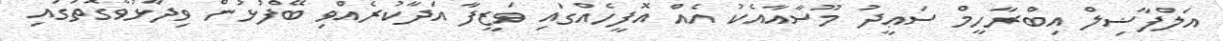
އަލްފާޟިލް އިބްރާހީމް ސަޢީދު މޫސާއާއެކު އެއް އޮފީހެއްގައި ވަޒީފާ އަދާކުރެއްވި ބޭފުޅުން ވިދާޅުވާގޮތުގައި